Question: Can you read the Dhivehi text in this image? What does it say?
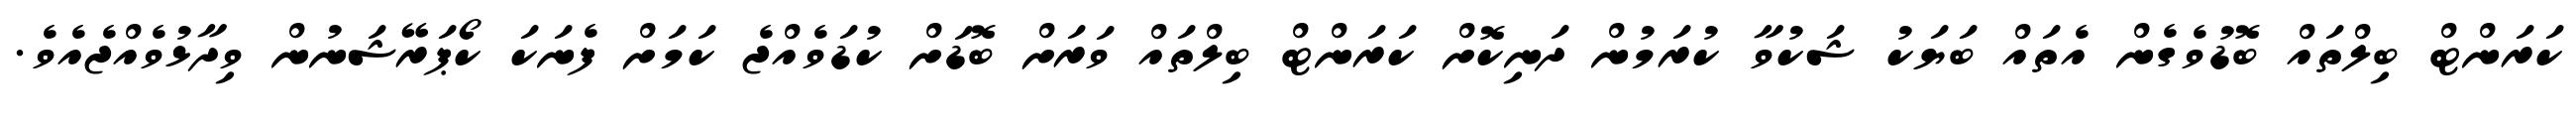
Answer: ކަރަންޓް ބިލްތައް ބޮޑުވެގެން އެތައް ބަޔަކު ޝަކުވާ ކުރަމުން ދަނިކޮށް ކަރަންޓް ބިލްތައް ވަރަށް ބޮޑަށް ކުޑަވެއްޖެ ކަމަށް ފެނަކަ ކޯޕަރޭޝަނުން ވިދާޅުވެއްޖެއެވެ.